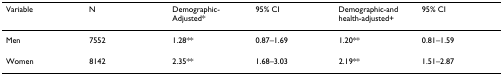
<table><thead><tr><td><b>Variable</b></td><td><b>N</b></td><td><b>Demographic-Adjusted*</b></td><td><b>95% CI</b></td><td><b>Demographic-and health-adjusted+</b></td><td><b>95% CI</b></td></tr></thead><tbody><tr><td>Men</td><td>7552</td><td>1.28**</td><td>0.87–1.69</td><td>1.20**</td><td>0.81–1.59</td></tr><tr><td>Women</td><td>8142</td><td>2.35**</td><td>1.68–3.03</td><td>2.19**</td><td>1.51–2.87</td></tr></tbody></table>